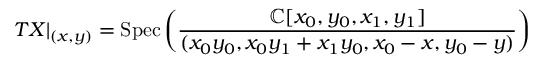
T X | _ { ( x , y ) } = { \mathrm { S p e c } } \left( { \frac { \mathbb { C } [ x _ { 0 } , y _ { 0 } , x _ { 1 } , y _ { 1 } ] } { ( x _ { 0 } y _ { 0 } , x _ { 0 } y _ { 1 } + x _ { 1 } y _ { 0 } , x _ { 0 } - x , y _ { 0 } - y ) } } \right)